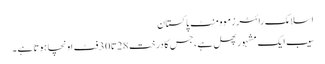
اسلامک رائٹرزموومنٹ پاکستان
سیب ایک مشہور پھل ہے ،جس کا درخت 28تا30فٹ اونچا ہوتا ہے ۔